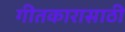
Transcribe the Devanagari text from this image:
गीतकारासाठी